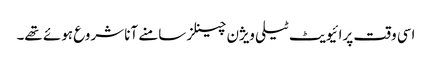
اسی وقت پرائیویٹ ٹیلی ویژن چینلز سامنے آنا شروع ہوئے تھے۔